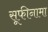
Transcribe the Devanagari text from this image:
सूफीनामा